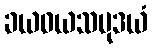
ခယဝယသမုဒယံ